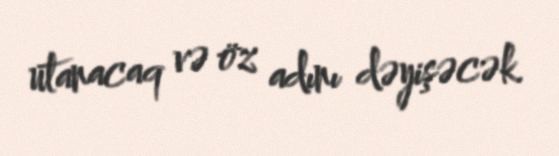
utanacaq və öz adını dəyişəcək.